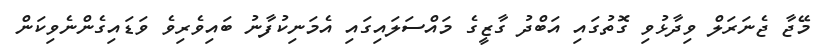
މޭޖާ ޖެނަރަލް ވިދާޅުވި ގޮތުގައި އަބްދު ގާޒީގެ މައްސަލައިގައި އެމަނިކުފާނު ބައިވެރިވެ ވަޑައިގެންނެވިކަން